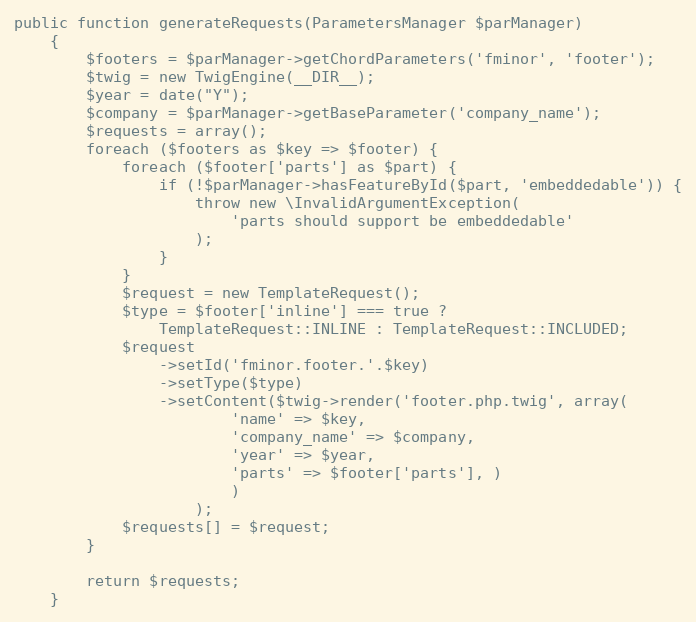
Language: PHP
public function generateRequests(ParametersManager $parManager)
    {
        $footers = $parManager->getChordParameters('fminor', 'footer');
        $twig = new TwigEngine(__DIR__);
        $year = date("Y");
        $company = $parManager->getBaseParameter('company_name');
        $requests = array();
        foreach ($footers as $key => $footer) {
            foreach ($footer['parts'] as $part) {
                if (!$parManager->hasFeatureById($part, 'embeddedable')) {
                    throw new \InvalidArgumentException(
                        'parts should support be embeddedable'
                    );
                }
            }
            $request = new TemplateRequest();
            $type = $footer['inline'] === true ?
                TemplateRequest::INLINE : TemplateRequest::INCLUDED;
            $request
                ->setId('fminor.footer.'.$key)
                ->setType($type)
                ->setContent($twig->render('footer.php.twig', array(
                        'name' => $key,
                        'company_name' => $company,
                        'year' => $year,
                        'parts' => $footer['parts'], )
                        )
                    );
            $requests[] = $request;
        }

        return $requests;
    }